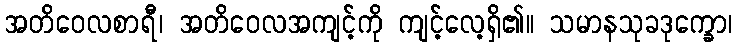
အတိဝေလစာရီ၊ အတိဝေလအကျင့်ကို ကျင့်လေ့ရှိ၏။ သမာနသုခဒုက္ခော၊